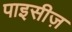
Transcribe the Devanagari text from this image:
पाइसीज़